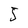
Character: 5